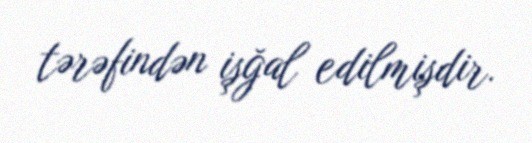
tərəfindən işğal edilmişdir.